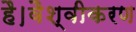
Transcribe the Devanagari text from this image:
है।वैश्वीकरण